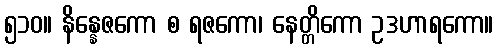
၅၁၀။ နိန္နေဇကော စ ရဇကော၊ နေတ္တိကော ဥဒဟာရကော။